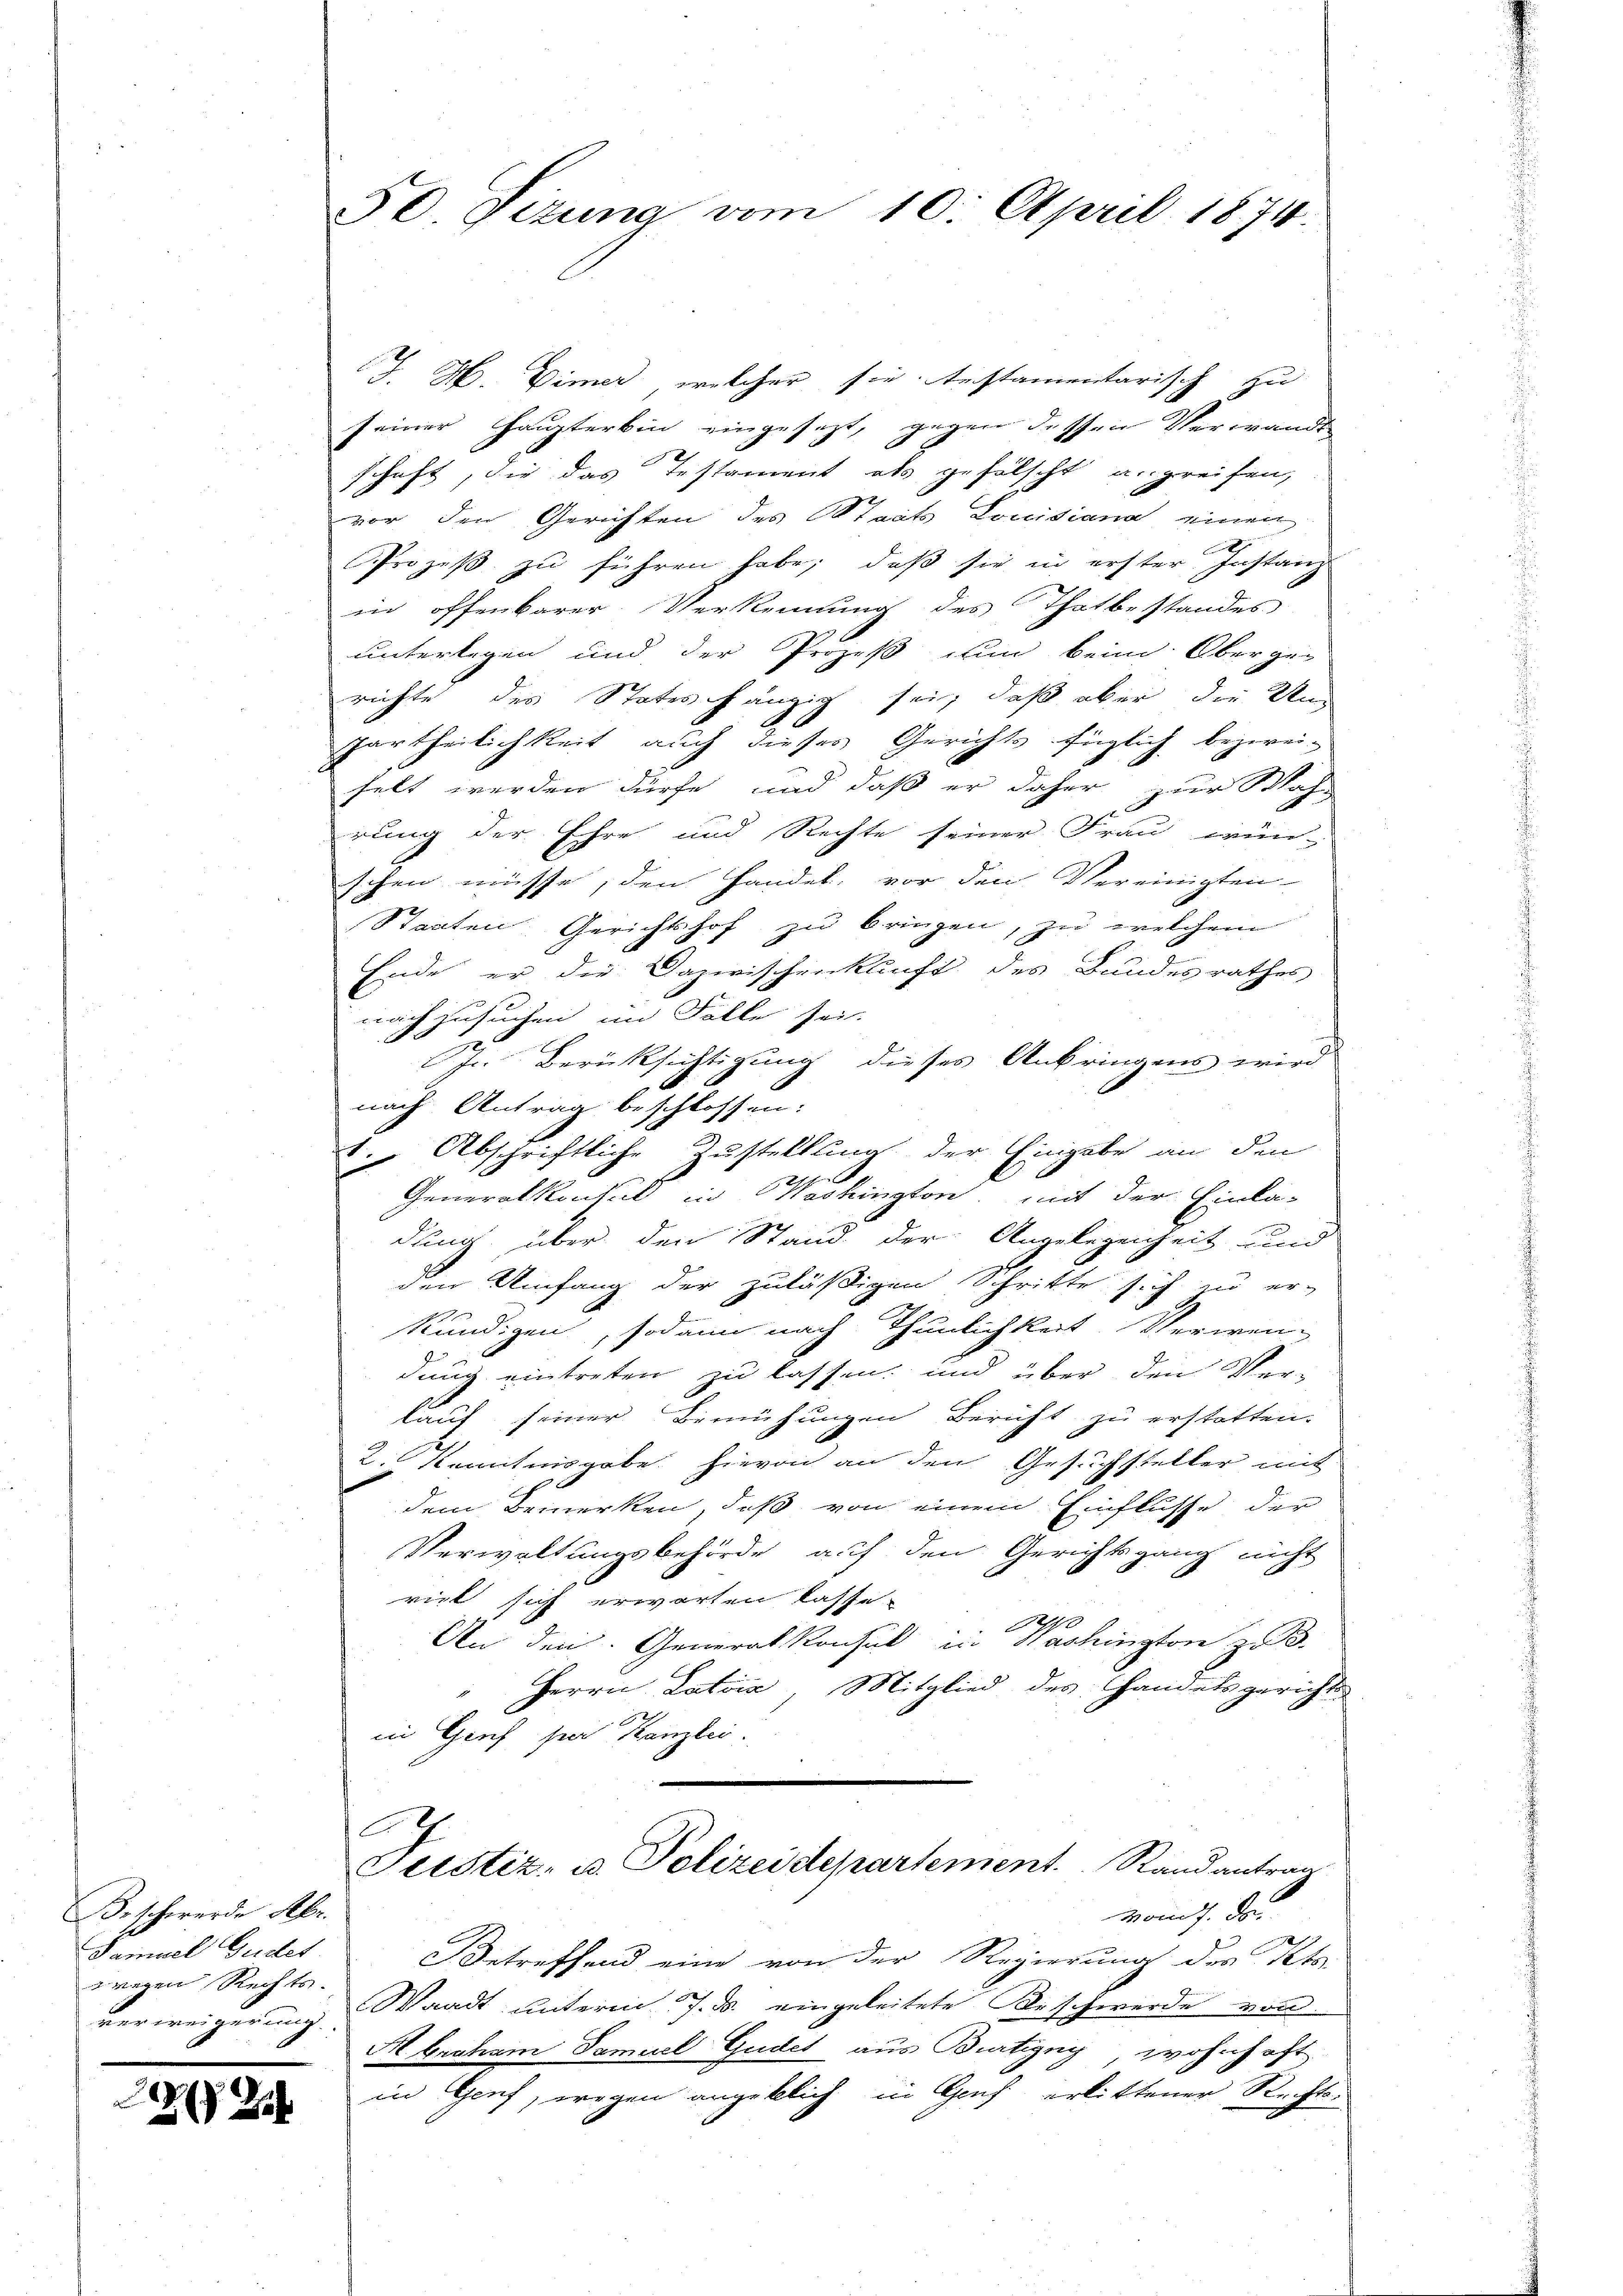
Beschwerde Abr.
Samuel Gudet
zwegen Rechts.

3
26 Zif

50. Sizung vom 10. April 1874.

J. H. Vimer, welcher sie. Instamentarisch zu
seiner Haupterbin eingesezt, gegen dessen Verwandt
schaft, die das Testament als gefälscht u. greifen,
vor den Gerichten des Staats Louidiana einen
Prozeß zu führen habe; daß sie in erster Instanz
in offenbarer Verkennung des Thatbestandes
unterlegen und der Prozeß nun beim Oberge-
richte des States hängig sei, daß aber die Un
90
partheilichkeit auch dieses Gerichts füglich bezwei-
helt werden dürfe, und daß er daher zur Mah-
rung der Ehre und Rechte seiner Frau wün-
schen müsse, den Handel, vor den Vereinigten
Staaten Gerichtshof zu bringen, zu welchem
Ende er die Dazwischenklicht des Bundesrathes
nach zusuchen im Falle sei.
In Berücksichtigung dieses Anbringens wird
nach Antrag beschlossen:
 Abschriftliche Zustellung der Eingabe an den
Generalkontes Washingtond mit der Einladung über den Stand der Angelegenheit und
den Umfang der zuläßigen Schritte sich zu er-
kündigen, sodann nach Thunlichkeit. Verwen-
J
dung eintreten zu lassen, und über den Verlauf seiner Bemühungen Bericht zu erstatten.
2. Kenntnisgabe hievon an den Gesuchsteller mit
dem Bemerken, daß von einem Einflusse der
Verwaltungsbehörde auf den Gerichtsgang nicht
riet sich erwarten lasse.
e
An den Generalkonsul in Washington z. B.
Herrn Latris, Mitglied des Handelsgerichts-
in Genf per Kanzlei.
Es
Justiz- u. Polizeidepartement. Randantrag
vom 7. d.
Betreffend eine von der Regierung des Kts.
verweigerung Waadt unterm 7. d. eingeleitete Beschwerde von
Abraham Samuel Gudel aus Bürtigny, wohnhaft
in Genf, wegen angeklich in Graf erlittener Rechts-